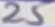
Text: 25